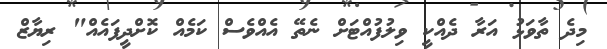
މިދެ ތާވަޅު އަރާ ދެއްކީ ވިލުފުއްޓަށް ނެތޭ އެއްވެސް ކަމެއް ކޮށްދީފައެއް" ރިޔާޒް